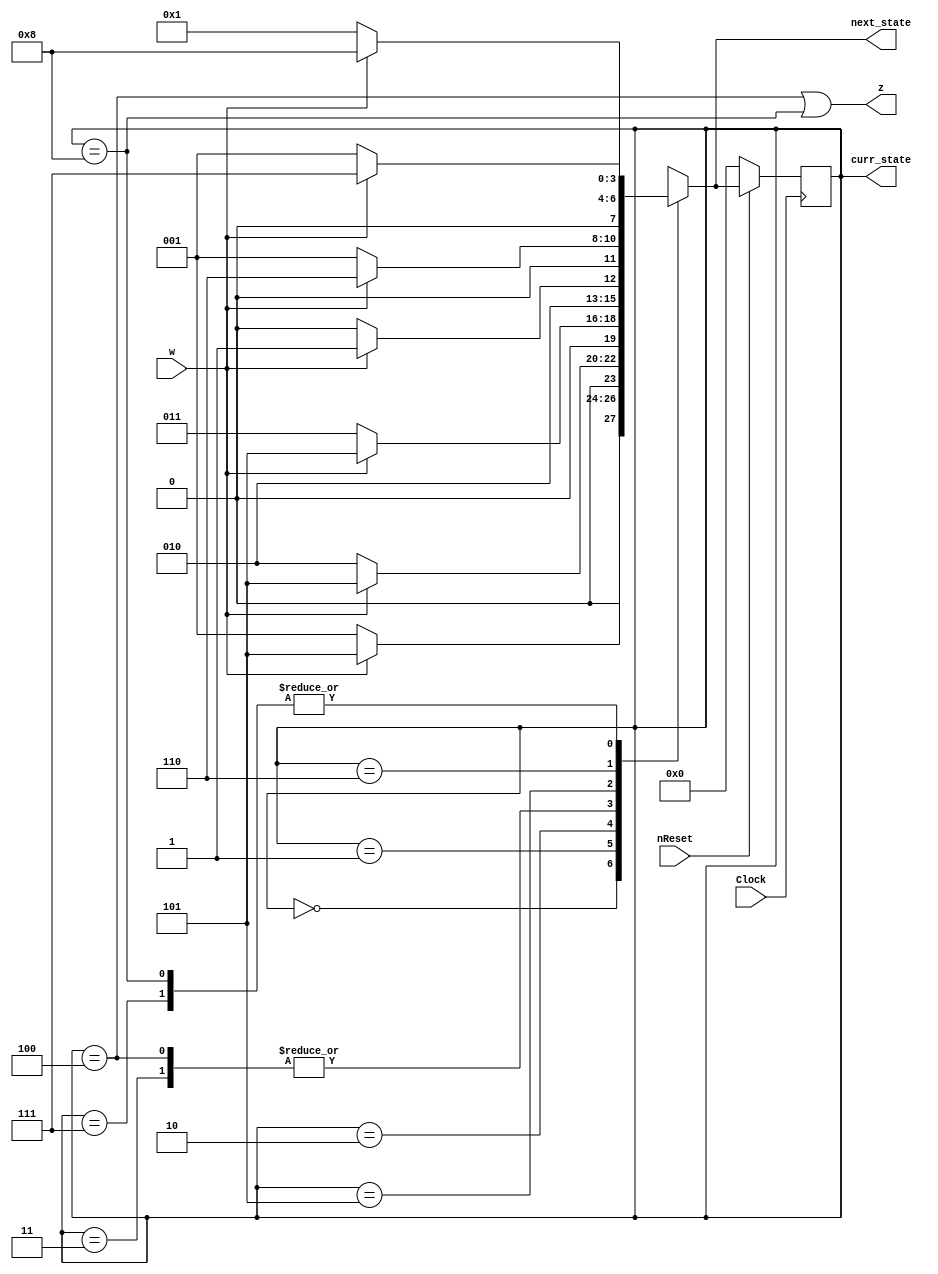
module seq4FSM (
  input        Clock,  // posedge triggered
  input        nReset, // active low synchronous reset
  input        w,      // main FSM input
  output       z,      // main output, 1 indicates a w seq of 4
  output [3:0] curr_state,    // for demo/diagnostics
  output [3:0] next_state );  // for demo/diagnostics

  parameter  // state assignment (minimum flip-flops, not one-hot)
    A = 4'd0, B = 4'd1, C = 4'd2, D = 4'd3, E = 4'd4,
    F = 4'd5, G = 4'd6, H = 4'd7, I = 4'd8;

  // registers for use in "always" block procedural assignments
  reg [3:0] curr_state_r;
  reg [3:0] next_state_r;

  // See textbook Figure 6.29 on p356. Define the *combinational*
  // circuit that defines next state, using *blocking* assignment "=".
  always @(curr_state_r, w)
    case (curr_state_r)
      A: if (!w) next_state_r = B; else next_state_r = F;
		B: if (!w) next_state_r = C; else next_state_r = F;
		C: if (!w) next_state_r = D; else next_state_r = F;
		D: if (!w) next_state_r = E; else next_state_r = F;
		E: if (!w) next_state_r = E; else next_state_r = F;
		F: if (!w) next_state_r = B; else next_state_r = G;
		G: if (!w) next_state_r = B; else next_state_r = H;
		H: if (!w) next_state_r = B; else next_state_r = I;
		I: if (!w) next_state_r = B; else next_state_r = I;
      // Write this part to complete the state diagram. 
      default:   next_state_r = 4'bxxxx;  // required, not all 16 used
    endcase

  // Define the *sequential* circuit implemented with flip-flops, using
  // *non-blocking* assignment "<=".  The reset signal doesn't appear in
  // the sensitivity list because we want a *synchronous* reset.
  always @(posedge Clock)
	// complete the always block
	begin
		if (!nReset)
			curr_state_r <= A;
		else
			curr_state_r <= next_state_r;
	end

  // Define the *combinational* circuit that sets outputs based on the
  // current state of the FSM.
  assign z = ((curr_state_r == E) || (curr_state_r == I));
  assign curr_state = curr_state_r;
  assign next_state = next_state_r;

endmodule